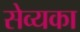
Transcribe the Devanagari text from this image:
सेव्यका